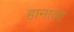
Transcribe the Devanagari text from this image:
हानाला